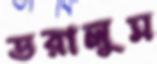
ডরালুম